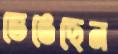
ভেঙেছেন